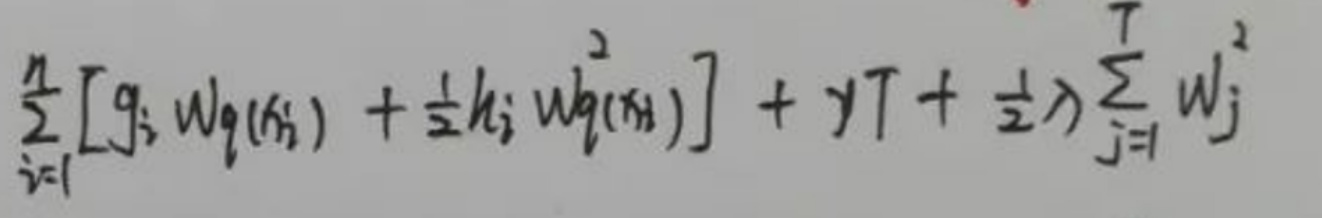
\[
\sum_{i = 1}^{n}\left[g_{i} w_{g(i s)}+\frac{1}{2} h_{i} w_{g(i s)}^{2}\right]+\gamma T+\frac{1}{2} \lambda \sum_{j = 1}^{T} w_{j}^{2}
\]